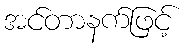
အင်တာနက်ဖြင့်